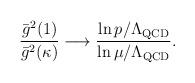
LaTeX: \begin{align*}{\bar{g}^2(1) \over \bar{g}^2(\kappa)} \longrightarrow \frac{\ln p/\Lambda_{\rm QCD}}{\ln \mu/\Lambda_{\rm QCD}} .\end{align*}